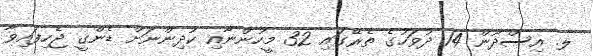
ލ. އިސްދޫން 14 ދުވަހުގެ ތެރޭގައި 32 މީހުންނާއި ކުދިންނަށް ޑެންގީ ޖެހިފައިވާ